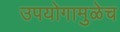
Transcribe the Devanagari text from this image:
उपयोगामुळेच